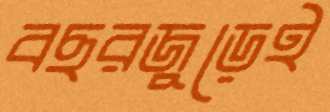
বছরজুড়েই